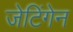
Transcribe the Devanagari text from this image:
जेटिंगेन